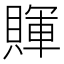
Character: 賱